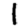
Digit: 1